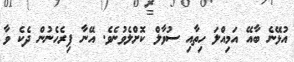
އުޅޭނެ ބާއޭ އަމިއްލަ ހިތާއި ސުވާލް ކޮށްލެވުނެވެ. އޭނާ ފިރެހެނުން ދެކެ ވާ